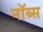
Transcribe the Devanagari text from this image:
नॉब्स